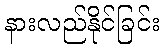
နားလည်နိုင်ခြင်း